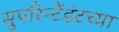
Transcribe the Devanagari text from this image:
सुपरिन्टेंडंटच्या